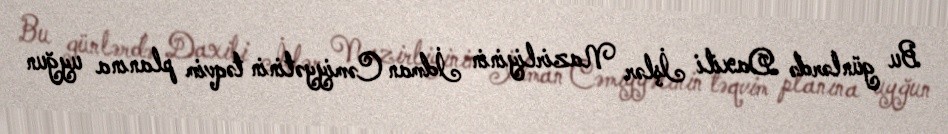
Bu günlərdə Daxili İşlər Nazirliyinin İdman Cəmiyyətinin təqvim planına uyğun